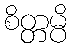
စိတ္တမ္ပိ